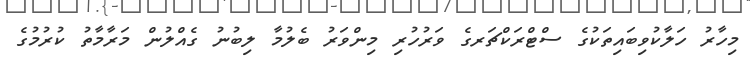
މިހާރު ހަލާކުވިބައިތަކުގެ ސްޓްރަކްޗަރގެ ވަރުހުރި މިންވަރު ބެލުމާ ލިބުނު ގެއްލުން މަރާމާތު ކުރުމުގެ